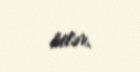
bilər.